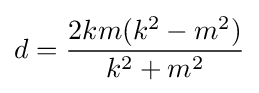
d={\frac {2km(k^{2}-m^{2})}{k^{2}+m^{2}}}